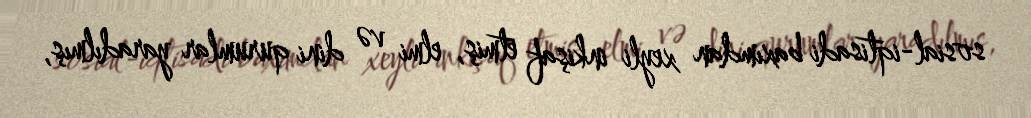
sosial-iqtisadi baxımdan xeyli inkişaf etmiş, elmi və dini qurumlar yaradılmış,